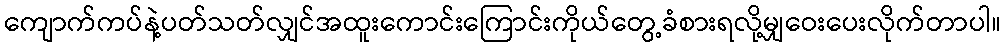
ကျောက်ကပ်နဲ့ပတ်သတ်လျှင်အထူးကောင်းကြောင်းကိုယ်တွေ့ခံစားရလို့မျှဝေးပေးလိုက်တာပါ။